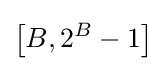
\left[B,2^{B}-1\right]